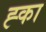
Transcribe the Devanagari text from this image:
ह्का